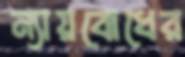
ন্যায়বোধের